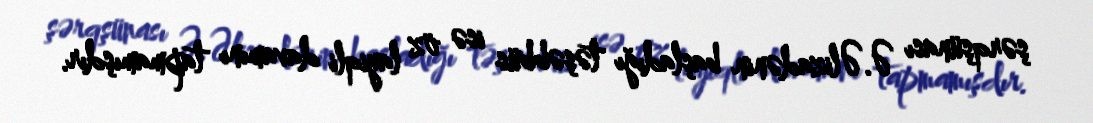
şərqşünası Ə.Əlizadənin başladığı təşəbbüs isə öz layiqli davamını tapmamışdır.